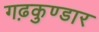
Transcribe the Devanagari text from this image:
गढ़कुण्डार